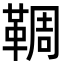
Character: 𩋙